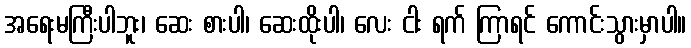
အရေးမကြီးပါဘူး၊ ဆေး စားပါ၊ ဆေးထိုးပါ၊ လေး ငါး ရက် ကြာရင် ကောင်းသွားမှာပါ။